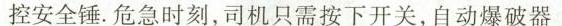
控安全锤。危急时刻，司机只需按下开关，自动爆破器